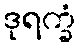
ဒုရက္ခံ